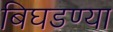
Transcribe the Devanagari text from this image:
बिघडण्या